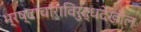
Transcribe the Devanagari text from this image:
भ्रष्टाचाराविरुद्धदेखील